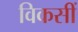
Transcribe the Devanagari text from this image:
विकसीं